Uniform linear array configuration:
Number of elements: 8
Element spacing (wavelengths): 0.25
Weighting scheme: exponential
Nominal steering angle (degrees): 45
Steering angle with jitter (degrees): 43.957
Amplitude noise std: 0.05
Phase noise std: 0.05

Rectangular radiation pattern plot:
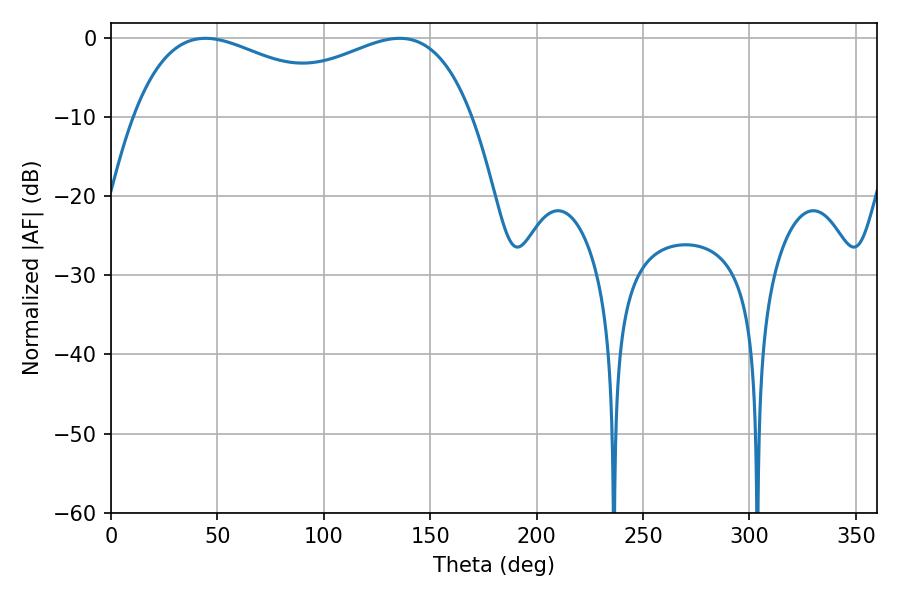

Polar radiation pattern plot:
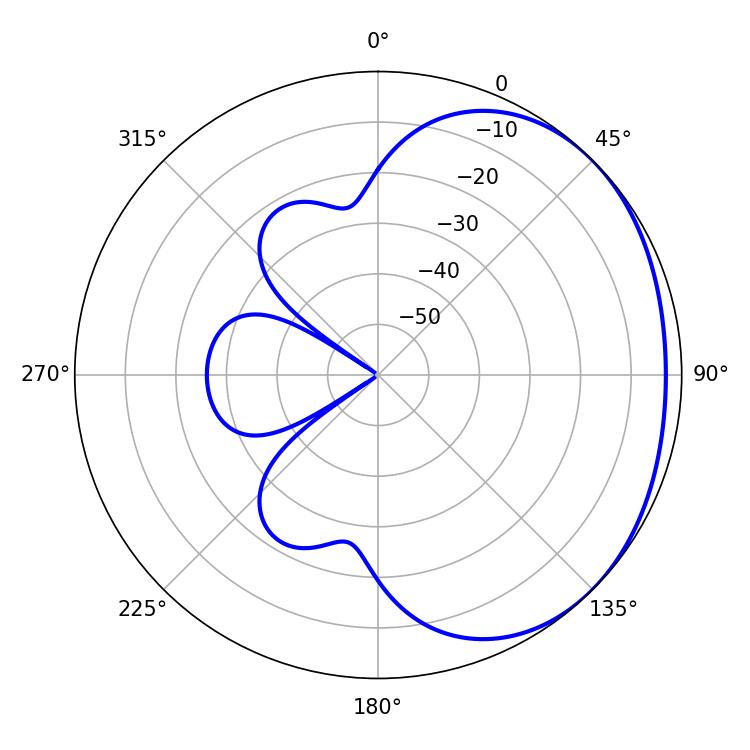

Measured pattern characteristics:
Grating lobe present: FALSE
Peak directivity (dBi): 1.66
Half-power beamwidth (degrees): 59.76
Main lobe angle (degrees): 44.46